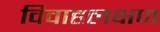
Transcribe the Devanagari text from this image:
विवाहलक्षण